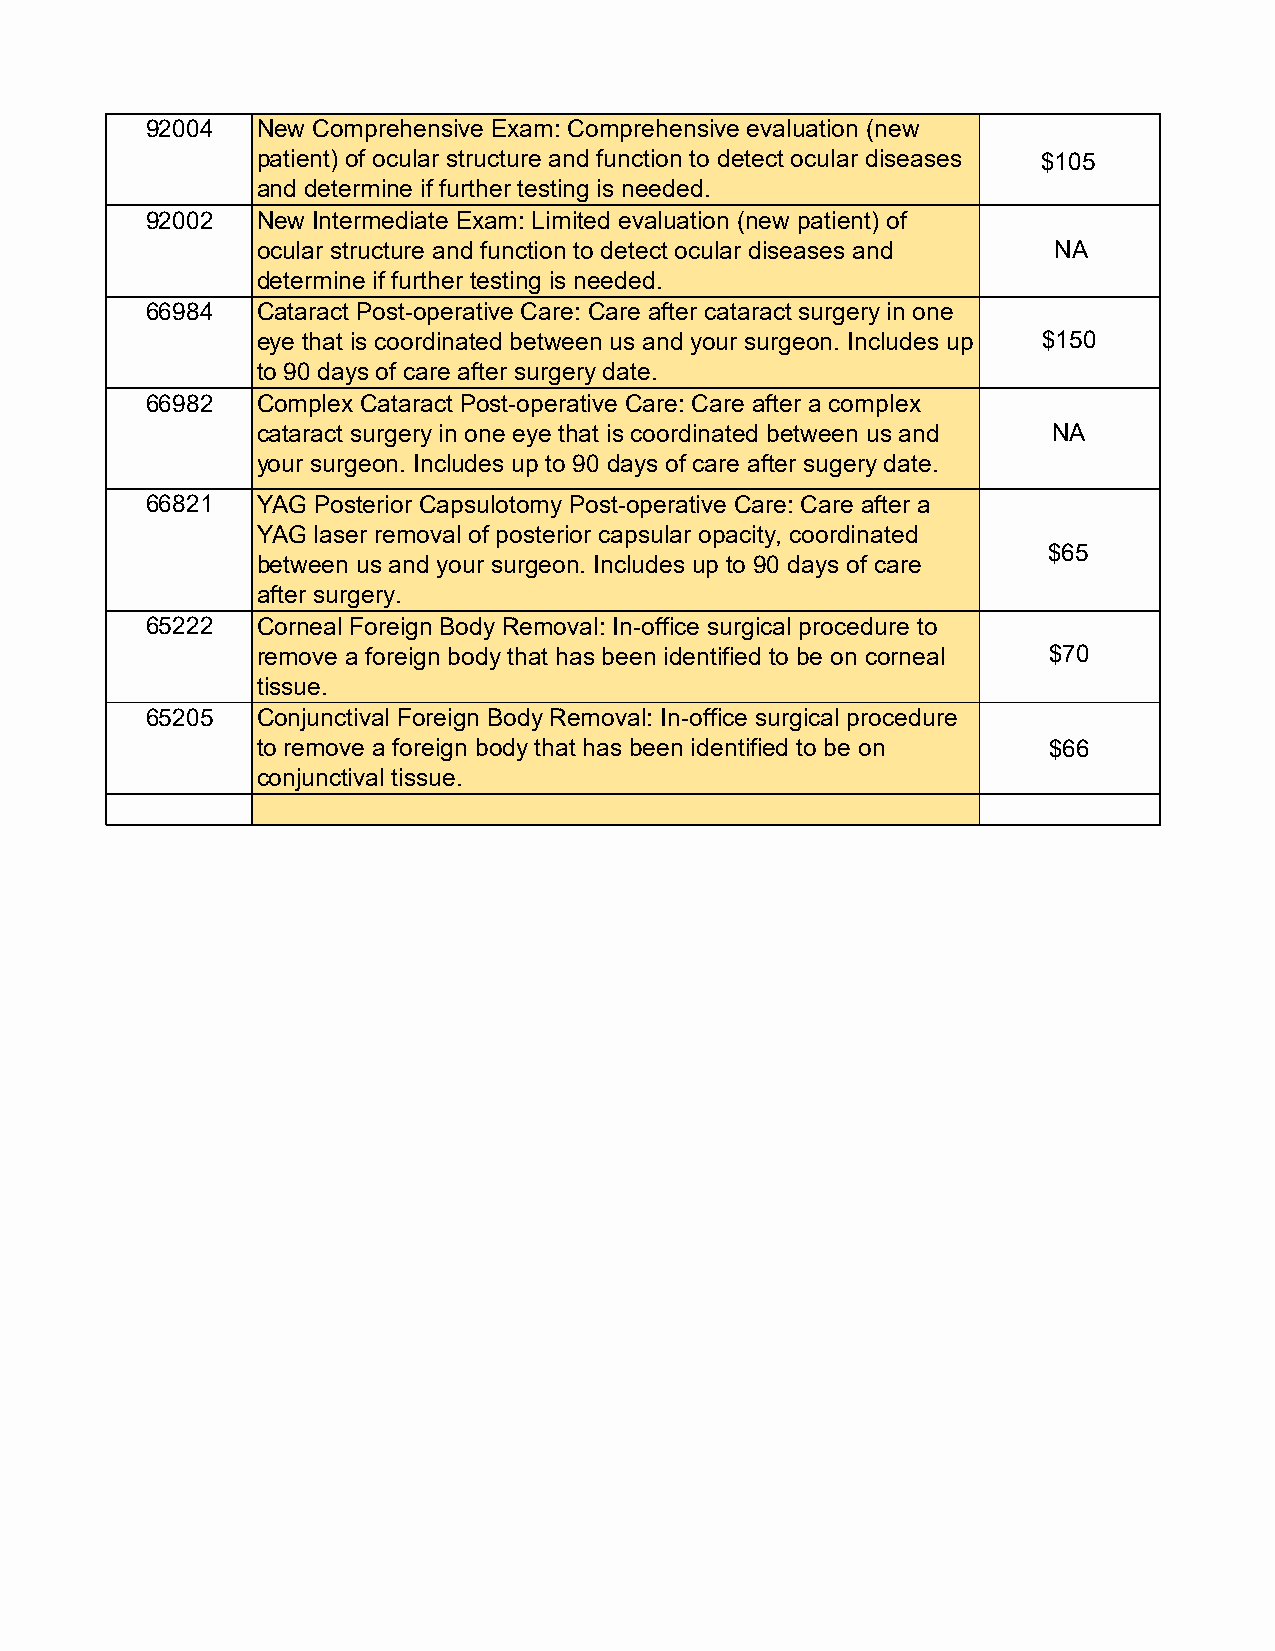
92004  New Comprehensive Exam: Comprehensive evaluation (new
 patient) of ocular structure and function to detect ocular diseases $105
 and determine if further testing is needed.
 92002  New Intermediate Exam: Limited evaluation (new patient) of
 ocular structure and function to detect ocular diseases and NA
 determine if further testing is needed.
 66984  Cataract Post-operative Care: Care after cataract surgery in one
 eye that is coordinated between us and your surgeon. Includes up $150
 to 90 days of care after surgery date.
 66982  Complex Cataract Post-operative Care: Care after a complex
 cataract surgery in one eye that is coordinated between us and NA
 your surgeon. Includes up to 90 days of care after sugery date.
 66821  YAG Posterior Capsulotomy Post-operative Care: Care after a
 YAG laser removal of posterior capsular opacity, coordinated
 $65
 between us and your surgeon. Includes up to 90 days of care
 after surgery.
 65222  Corneal Foreign Body Removal: In-office surgical procedure to
 remove a foreign body that has been identified to be on corneal $70
 tissue.
 65205  Conjunctival Foreign Body Removal: In-office surgical procedure
 to remove a foreign body that has been identified to be on $66
 conjunctival tissue.